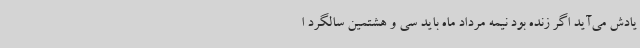
یادش می‌آید اگر زنده بود نیمه مرداد ماه باید سی و هشتمین سالگرد ا